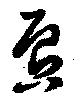
唇